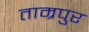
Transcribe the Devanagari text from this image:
ताम्रपुर